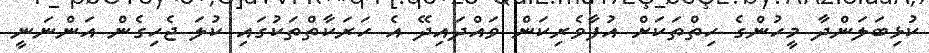
ކުޅިބަލަންދާ މީހުންގެ ހިތްތަކަށް އުފާވެރިކަން ވައްދައިދޭ އެ ހަރަކާތްތަކުގައި ކުލަ ޖެހިގެން އަންނަނީ